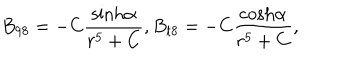
B _ { 9 8 } = - C { \frac { \mathrm { s i n h } \alpha } { r ^ { 5 } + C } } , B _ { t 8 } = - C { \frac { \mathrm { c o s h } \alpha } { r ^ { 5 } + C } } ,